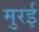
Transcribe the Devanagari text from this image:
मुरई